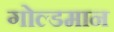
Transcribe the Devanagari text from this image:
गोल्डमान